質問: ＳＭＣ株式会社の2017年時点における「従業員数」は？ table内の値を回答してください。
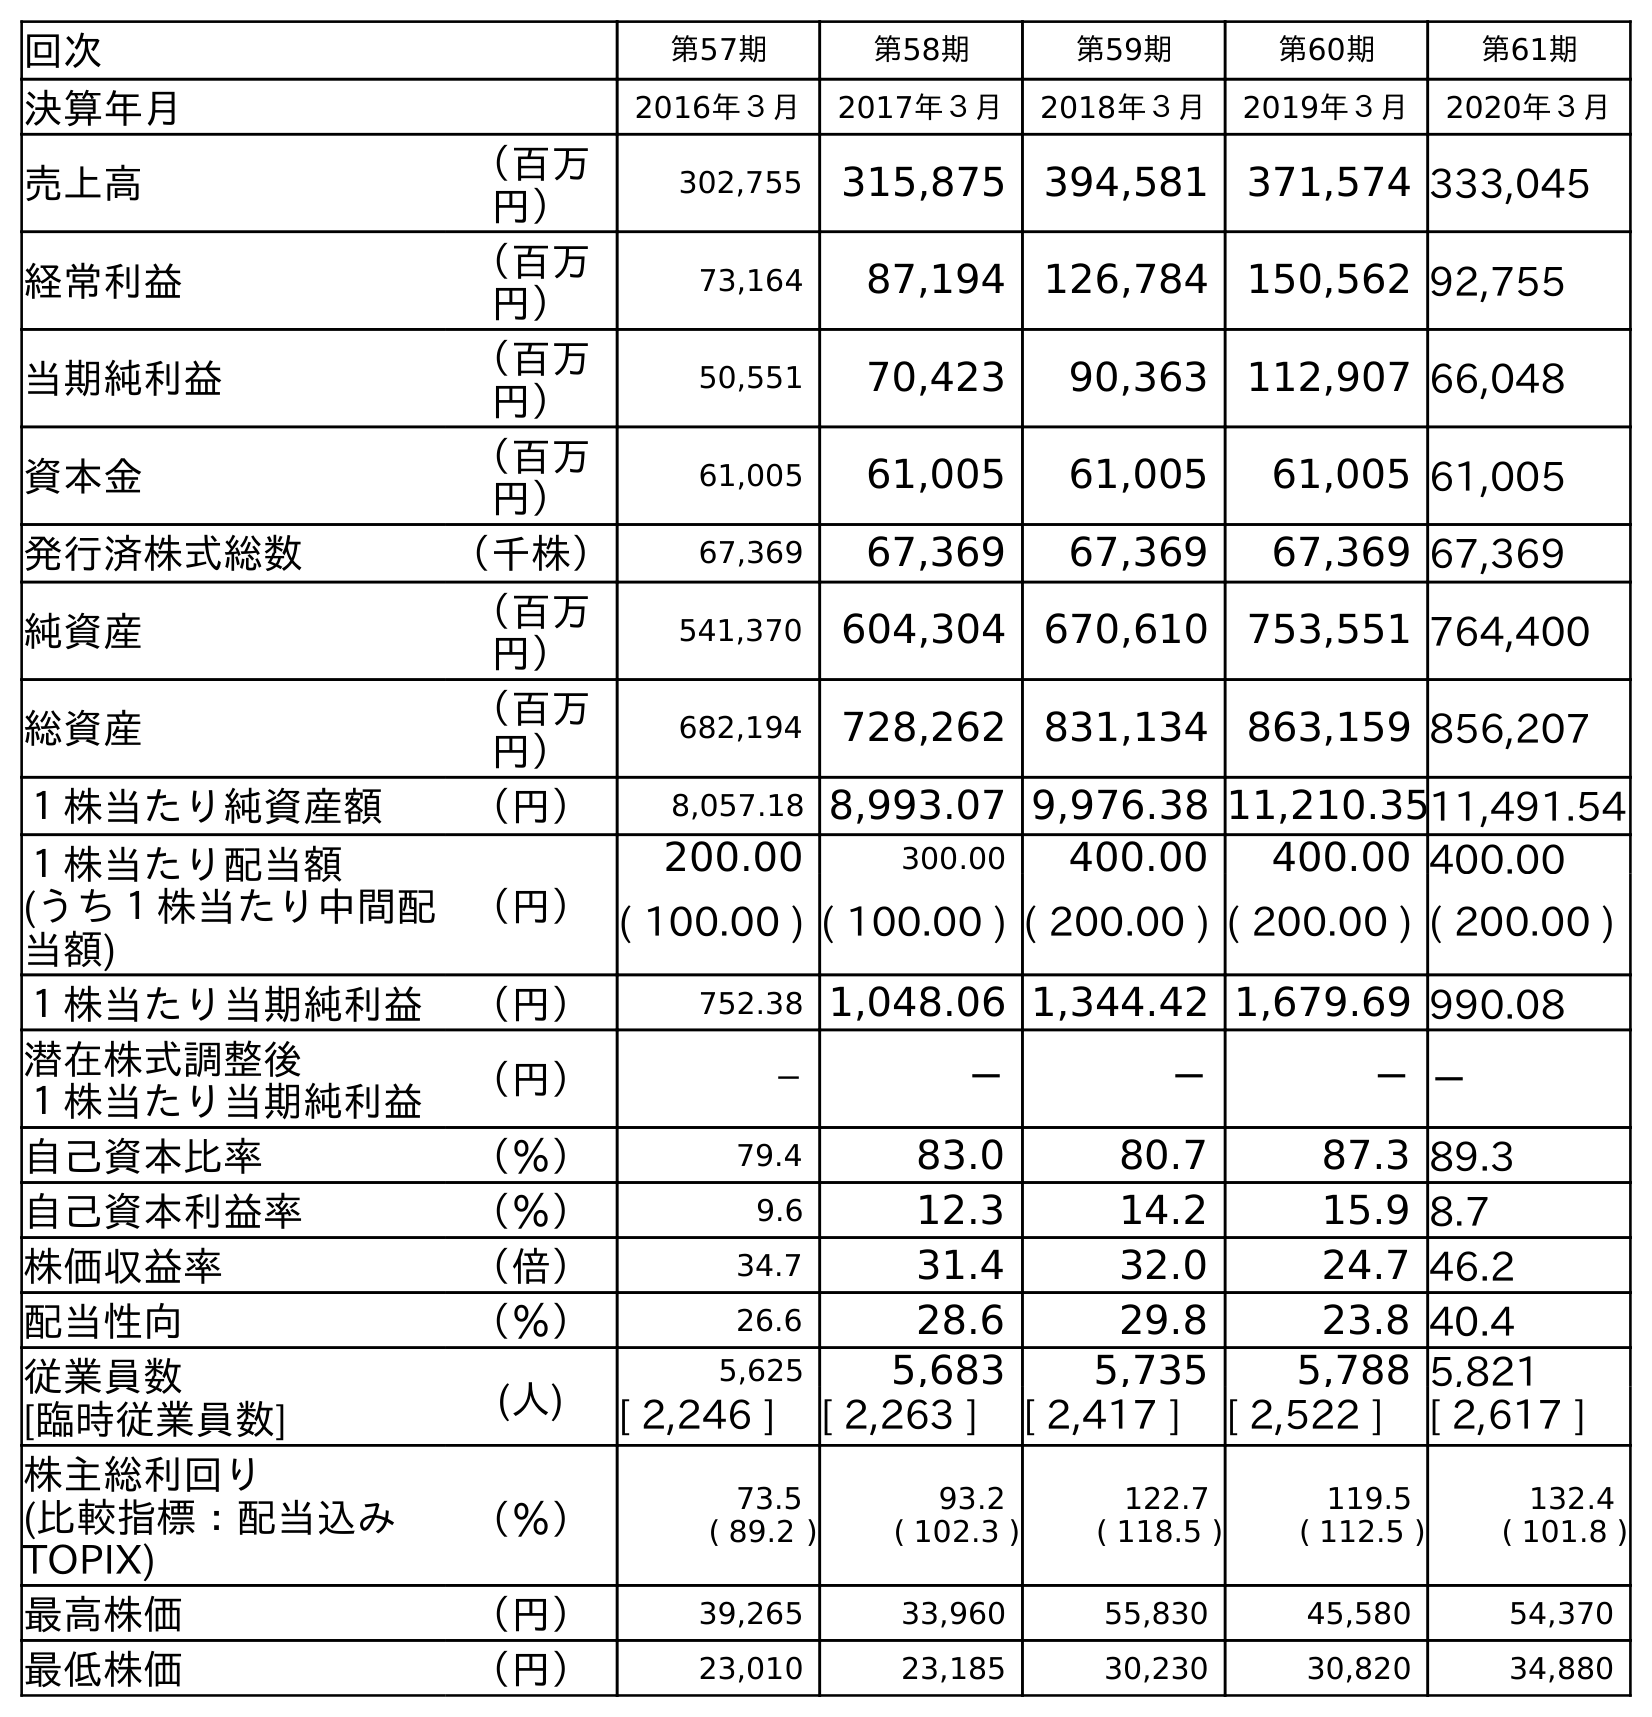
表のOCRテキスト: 回次 第57期 第58期 第59期 第60期 第61期 決算年月 2016年３月 2017年３月 2018年３月 2019年３月 2020年３月 売上高 （百万 円） 302,755 315,875 394,581 371,574 333,045 経常利益 （百万 円） 73,164 87,194 126,784 150,562 92,755 当期純利益 （百万 円） 50,551 70,423 90,363 112,907 66,048 資本金 （百万 円） 61,005 61,005 61,005 61,005 61,005 発行済株式総数 （千株） 67,369 67,369 67,369 67,369 67,369 純資産 （百万 円） 541,370 604,304 670,610 753,551 764,400 総資産 （百万 円） 682,194 728,262 831,134 863,159 856,207 １株当たり純資産額 （円） 8,057.18 8,993.07 9,976.38 11,210.3511,491.54 １株当たり配当額 (うち１株当たり中間配 当額) （円） 200.00 300.00 400.00 400.00 400.00 ( 100.00 ) ( 100.00 ) ( 200.00 ) ( 200.00 ) ( 200.00 ) １株当たり当期純利益 （円） 752.38 1,048.06 1,344.42 1,679.69 990.08 潜在株式調整後 １株当たり当期純利益 （円） － － － －－ 自己資本比率 （％） 79.4 83.0 80.7 87.3 89.3 自己資本利益率 （％） 9.6 12.3 14.2 15.9 8.7 株価収益率 （倍） 34.7 31.4 32.0 24.7 46.2 配当性向 （％） 26.6 28.6 29.8 23.8 40.4 従業員数 [臨時従業員数] (人) 5,625 5,683 5,735 5,788 5,821 [ 2,246 ] [ 2,263 ] [ 2,417 ] [ 2,522 ] [ 2,617 ] 株主総利回り (比較指標：配当込み TOPIX) （％） 73.5 ( 89.2 ) 93.2 ( 102.3 ) 122.7 ( 118.5 ) 119.5 ( 112.5 ) 132.4 ( 101.8 ) 最高株価 （円） 39,265 33,960 55,830 45,580 54,370 最低株価 （円） 23,010 23,185 30,230 30,820 34,880
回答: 5,683